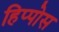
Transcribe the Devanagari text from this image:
हिप्पोस